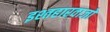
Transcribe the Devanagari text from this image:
इश्तहारवाजों